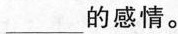
___的感情。